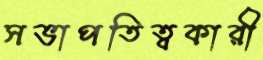
সভাপতিত্বকারী